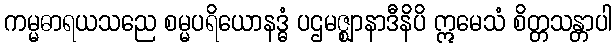
ကမ္မဓာရယသညေ စမ္မပရိယောနဒ္ဓံ ပဌမဇ္ဈာနာဒီနိပိ ဣမေသံ စိတ္တသန္တာပါ